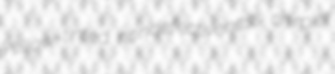
yellow-tinted nondefectiveness chirpier